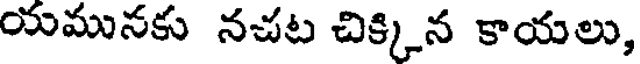
యమునకు నచట చిక్కిన కాయలు,